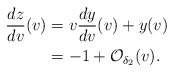
\begin{align*} \frac{dz}{dv}(v)&=v\frac{dy}{dv}(v)+y(v)\\&=-1+\mathcal{O}_{\delta_2}(v).\end{align*}